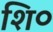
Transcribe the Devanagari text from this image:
शि०